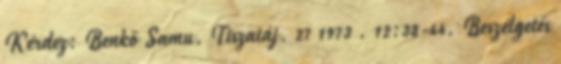
Kérdez: Benkő Samu. Tiszatáj. 27 1973 . 12:38-44. Beszélgetés